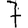
Digit: 7